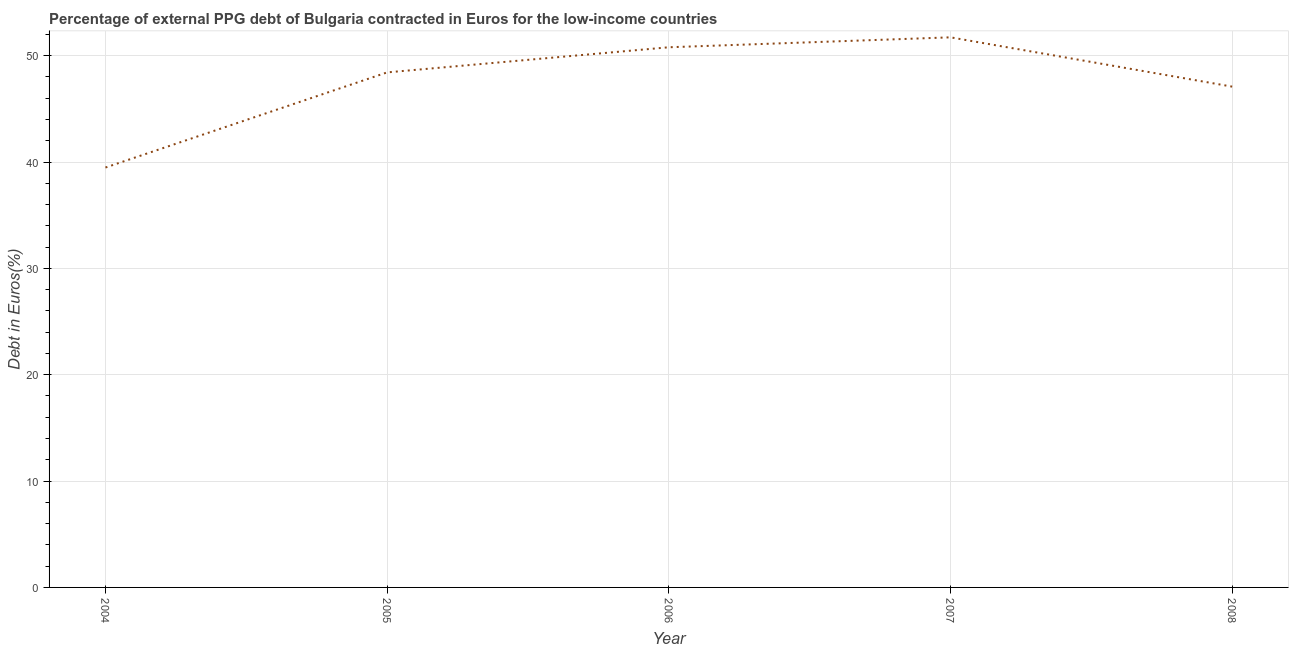
| Year | Currency composition of PPG debt |
 | --- | --- |
 | 2004 | 39.5 |
 | 2005 | 48.4 |
 | 2006 | 50.8 |
 | 2007 | 51.7 |
 | 2008 | 47.1 |